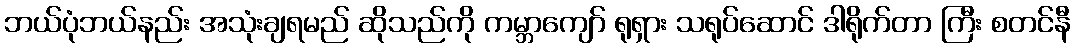
ဘယ်ပုံဘယ်နည်း အသုံးချရမည် ဆိုသည်ကို ကမ္ဘာကျော် ရုရှား သရုပ်ဆောင် ဒါရိုက်တာ ကြီး စတင်နီ